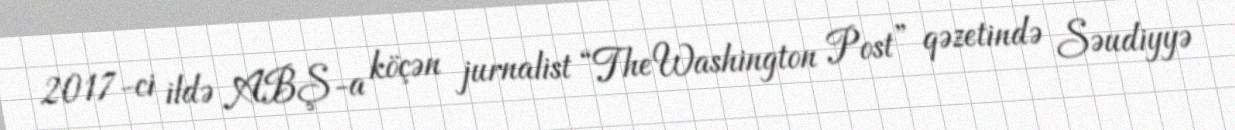
2017-ci ildə ABŞ-a köçən jurnalist “The Washington Post” qəzetində Səudiyyə